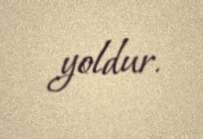
yoldur.